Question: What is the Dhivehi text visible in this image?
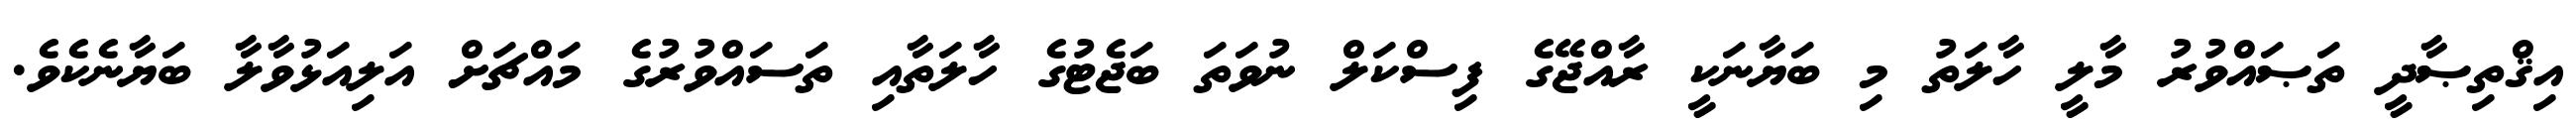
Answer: އިޤްތިޞާދީ ތަޞައްވުރު މާލީ ހާލަތު މި ބަޔާނަކީ ރާއްޖޭގެ ފިސްކަލް ނުވަތަ ބަޖެޓުގެ ހާލަތާއި ތަސައްވުރުގެ މައްޗަށް އަލިއަޅުވާލާ ބަޔާނެކެވެ.